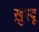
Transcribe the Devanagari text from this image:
ख़ुश्बू